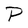
Character: P